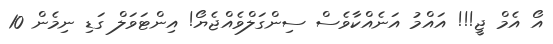
އޯ އެމް ޖީ!!! އައްމު އަނެއްކާވެސް ސިންގަލްވެއްޖެޔޯ! އިންޓަވަލް ގަޑި ނިމެން 10